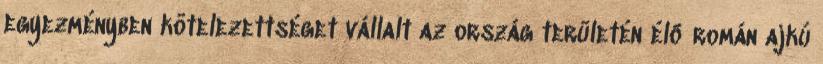
egyezményben kötelezettséget vállalt az ország területén élő román ajkú